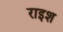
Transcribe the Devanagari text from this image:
राइश